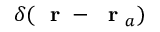
\delta ( \mathrm { ~ \bf ~ r ~ } - \mathrm { ~ \bf ~ r ~ } _ { a } )